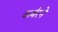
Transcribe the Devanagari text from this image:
कर्बरने